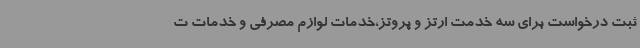
ثبت درخواست برای سه خدمت ارتز و پروتز،خدمات لوازم مصرفی و خدمات ت